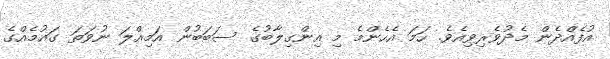
އުފެއްދެން މެދުވެރިވިއެވެ. ހަމަ އެހެންމެ މި އިންގިލާބުގެ ސަބަބުން އަމިއްލަ ނުވަތަ ގައުމެއްގެ